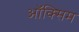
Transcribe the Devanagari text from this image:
ऑक्सिम